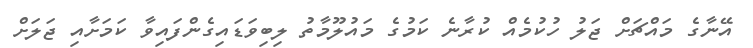
އޭނާގެ މައްޗަށް ޖަލު ހުކުމެއް ކުރާނެ ކަމުގެ މައުލޫމާތު ލިބިވަޑައިގެންފައިވާ ކަމަށާއި ޖަލަށް